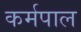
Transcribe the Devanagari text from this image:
कर्मपाल